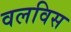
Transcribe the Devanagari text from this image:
वलविस